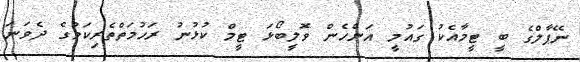
ނޭޕާލްގެ ބީ ޓީމާއެކު ގައުމީ އަންހެން ވޮލީބޯޅަ ޓީމް ކުޅުނު ރަހުމަތްތެރިކަމުގެ ދެވަނަ